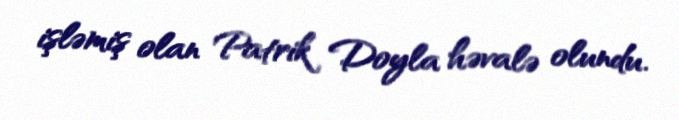
işləmiş olan Patrik Doyla həvalə olundu.